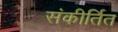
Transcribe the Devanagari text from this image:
संकीर्तित